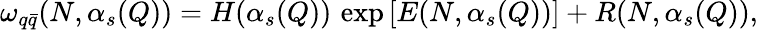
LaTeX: \omega_{q\bar{q}}(N,\alpha_{s}(Q))=H(\alpha_{s}(Q))\, \exp\left[E(N,\alpha_{s}(Q))\right]+R(N,\alpha_{s}(Q)),